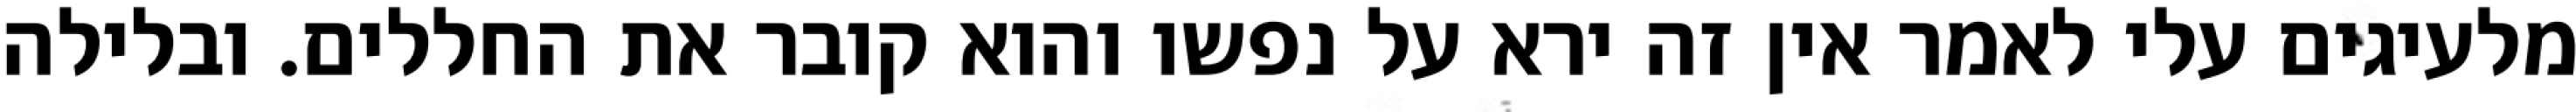
מלעיגים עלי לאמר אין זה ירא על נפשו והוא קובר את החללים. ובלילה